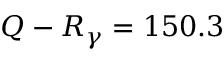
Q - R _ { \gamma } = 1 5 0 . 3